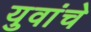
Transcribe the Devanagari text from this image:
युवांचे